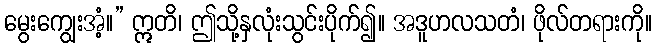
မွေးကျွေးအံ့။” ဣတိ၊ ဤသို့နှလုံးသွင်းပိုက်၍။ အဒူဟလသတံ၊ ဖိုလ်တရားကို။